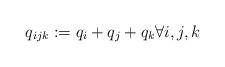
LaTeX: \begin{align*}q_{ijk}:= q_i + q_j + q_k \forall i, j , k \end{align*}